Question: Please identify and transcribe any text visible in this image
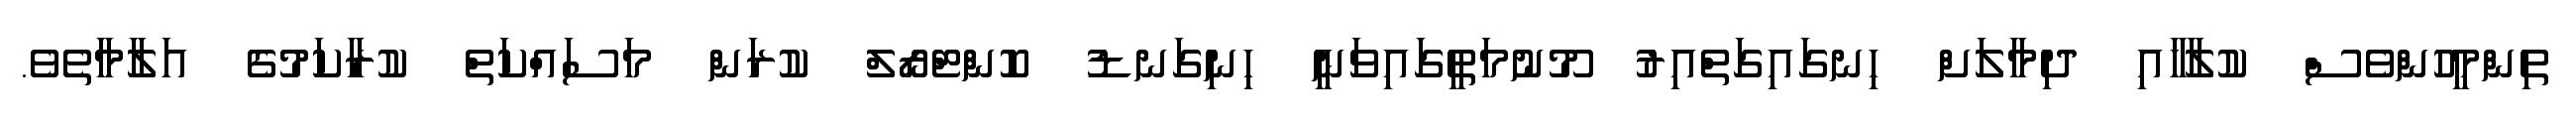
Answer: ތިންމީހުންވެސް ކުލާހާއި ދިމާލަށް ހިނގައިގަތްއިރު މޫނުމަތީގައިވަނީ ހިނިގަނޑު ކޮންްޓްރޯލް ކުރަން މަސައްކަތް ކުރާކަމުގެ އަލާމާތެވެ.